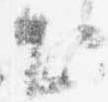
出